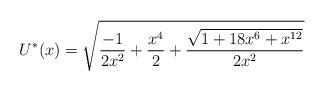
LaTeX: \begin{align*}U^{*}(x)=\sqrt{\frac{-1}{2x^2}+\frac{x^4}{2}+\frac{\sqrt{1+18 x^6+x^{12}}}{2 x^2}}\end{align*}